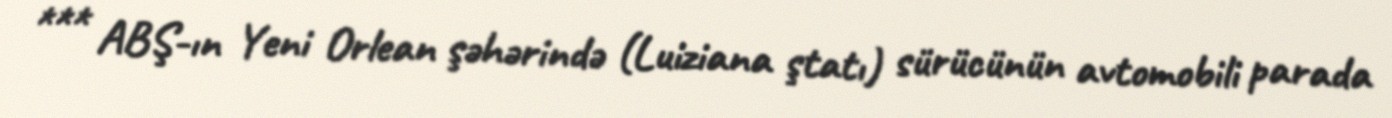
*** ABŞ-ın Yeni Orlean şəhərində (Luiziana ştatı) sürücünün avtomobili parada